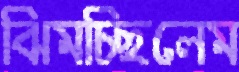
ঝিমচ্ছিলেম